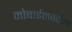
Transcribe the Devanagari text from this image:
मोबाईलवरील